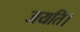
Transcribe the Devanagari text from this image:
जयति।